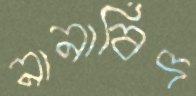
নানাবিদ